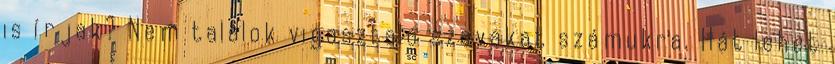
is írjak? Nem találok vigasztaló szavakat számukra. Hát lehet